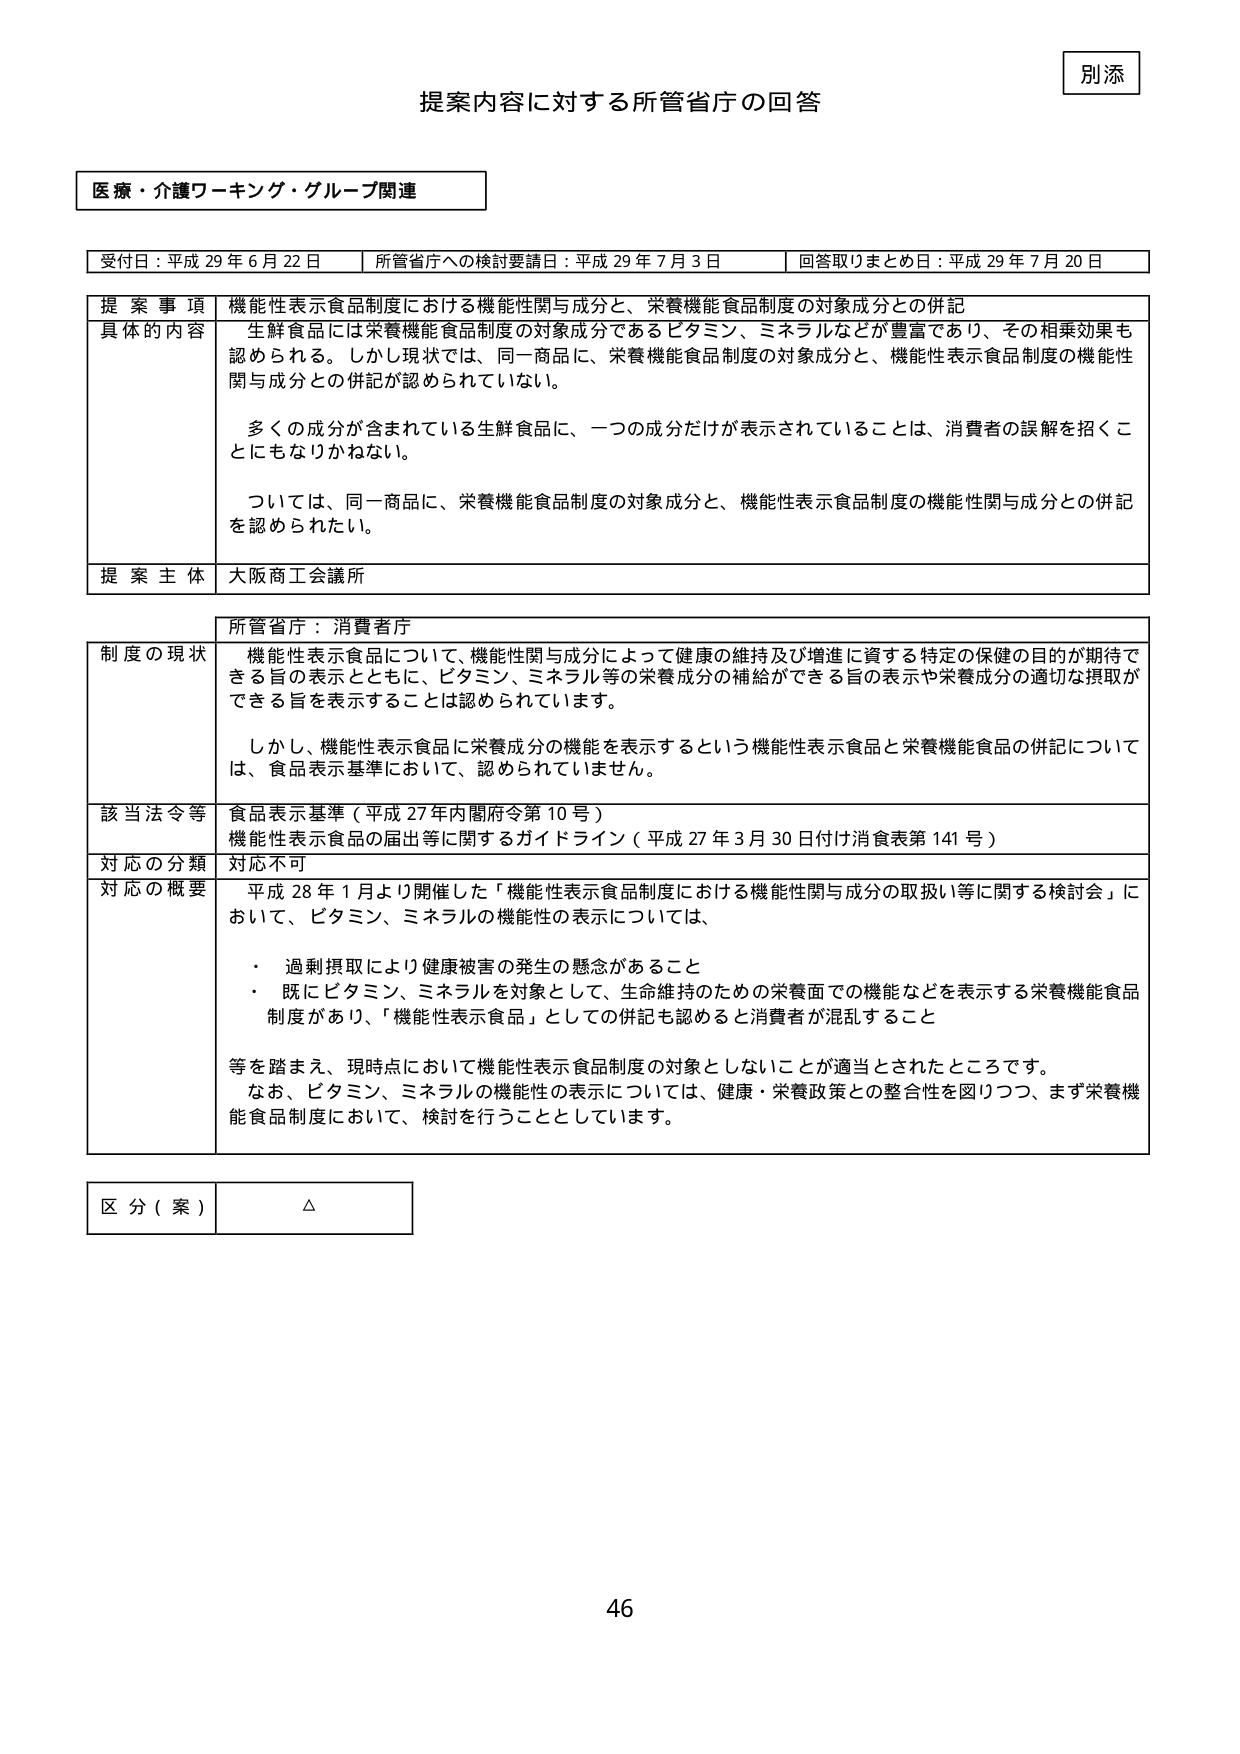
別添
提案内容に対する所管省庁の回答

医療・介護ワーキング・グループ関連

受付日：平成29年6月22日　　所管省庁への検討要請日：平成29年7月3日　　回答取りまとめ日：平成29年7月20日

提案事項　機能性表示食品制度における機能性関与成分と、栄養機能食品制度の対象成分との併記
具体的な内容　生鮮食品には栄養機能食品制度の対象成分であるビタミン、ミネラルなどが豊富であり、その相乗効果も認められる。しかし現状では、同一商品に、栄養機能食品制度の対象成分と、機能性表示食品制度の機能性関与成分との併記が認められていない。
　　多くの成分が含まれている生鮮食品に、一つの成分だけが表示されていることは、消費者の誤解を招くことにもなりかねない。
　　ついては、同一商品に、栄養機能食品制度の対象成分と、機能性表示食品制度の機能性関与成分との併記を認められたい。
提案主体　大阪商工会議所

所管省庁：消費者庁
制度の現状　機能性表示食品について、機能性関与成分によって健康の維持及び増進に資する特定の保健の目的が期待できる旨の表示とともに、ビタミン、ミネラル等の栄養成分の補給ができる旨の表示や栄養成分の適切な摂取ができる旨を表示することは認められています。
　　しかし、機能性表示食品に栄養成分の機能を表示するという機能性表示食品と栄養機能食品の併記については、食品表示基準において、認められていません。
該当法令等　食品表示基準（平成27年内閣府令第10号）
　　　　　　機能性表示食品の届出等に関するガイドライン（平成27年3月30日付け消費表第141号）
対応の分類　対応不可
対応の概要　平成28年1月より開催した「機能性表示食品制度における機能性関与成分の取扱い等に関する検討会」において、ビタミン、ミネラルの機能性の表示については、
　　　　　　・　過剰摂取により健康被害の発生の懸念があること
　　　　　　・　既にビタミン、ミネラルを対象として、生命維持のための栄養面での機能などを表示する栄養機能食品制度があり、「機能性表示食品」としての併記も認めると消費者が混乱すること
　　　　　　等を踏まえ、現時点において機能性表示食品制度の対象としないことが適当とされたところです。
　　　　　　なお、ビタミン、ミネラルの機能性の表示については、健康・栄養政策との整合性を図りつつ、まず栄養機能食品制度において、検討を行うこととしています。

区分（案）　△

46